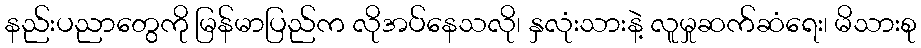
နည်းပညာတွေကို မြန်မာပြည်က လိုအပ်နေသလို၊ နှလုံးသားနဲ့ လူမှုဆက်ဆံရေး၊ မိသားစု